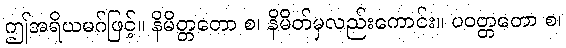
ဤအရိယမဂ်ဖြင့်။ နိမိတ္တတော စ၊ နိမိတ်မှလည်းကောင်း။ ပဝတ္တတော စ၊